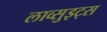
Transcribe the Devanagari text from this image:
लाव्सुइट्स